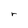
Character: r